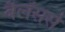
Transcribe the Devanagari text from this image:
बैलेंसर्स